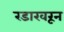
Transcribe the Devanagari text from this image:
रडारवरून